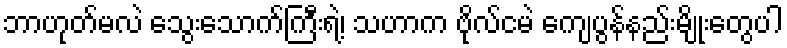
ဘာဟုတ်မလဲ သွေးသောက်ကြီးရဲ့၊ သဟာက ဗိုလ်ငမဲ ကျေပွန်နည်းမျိုးတွေပါ